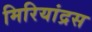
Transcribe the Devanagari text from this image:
मिरियांद्रस